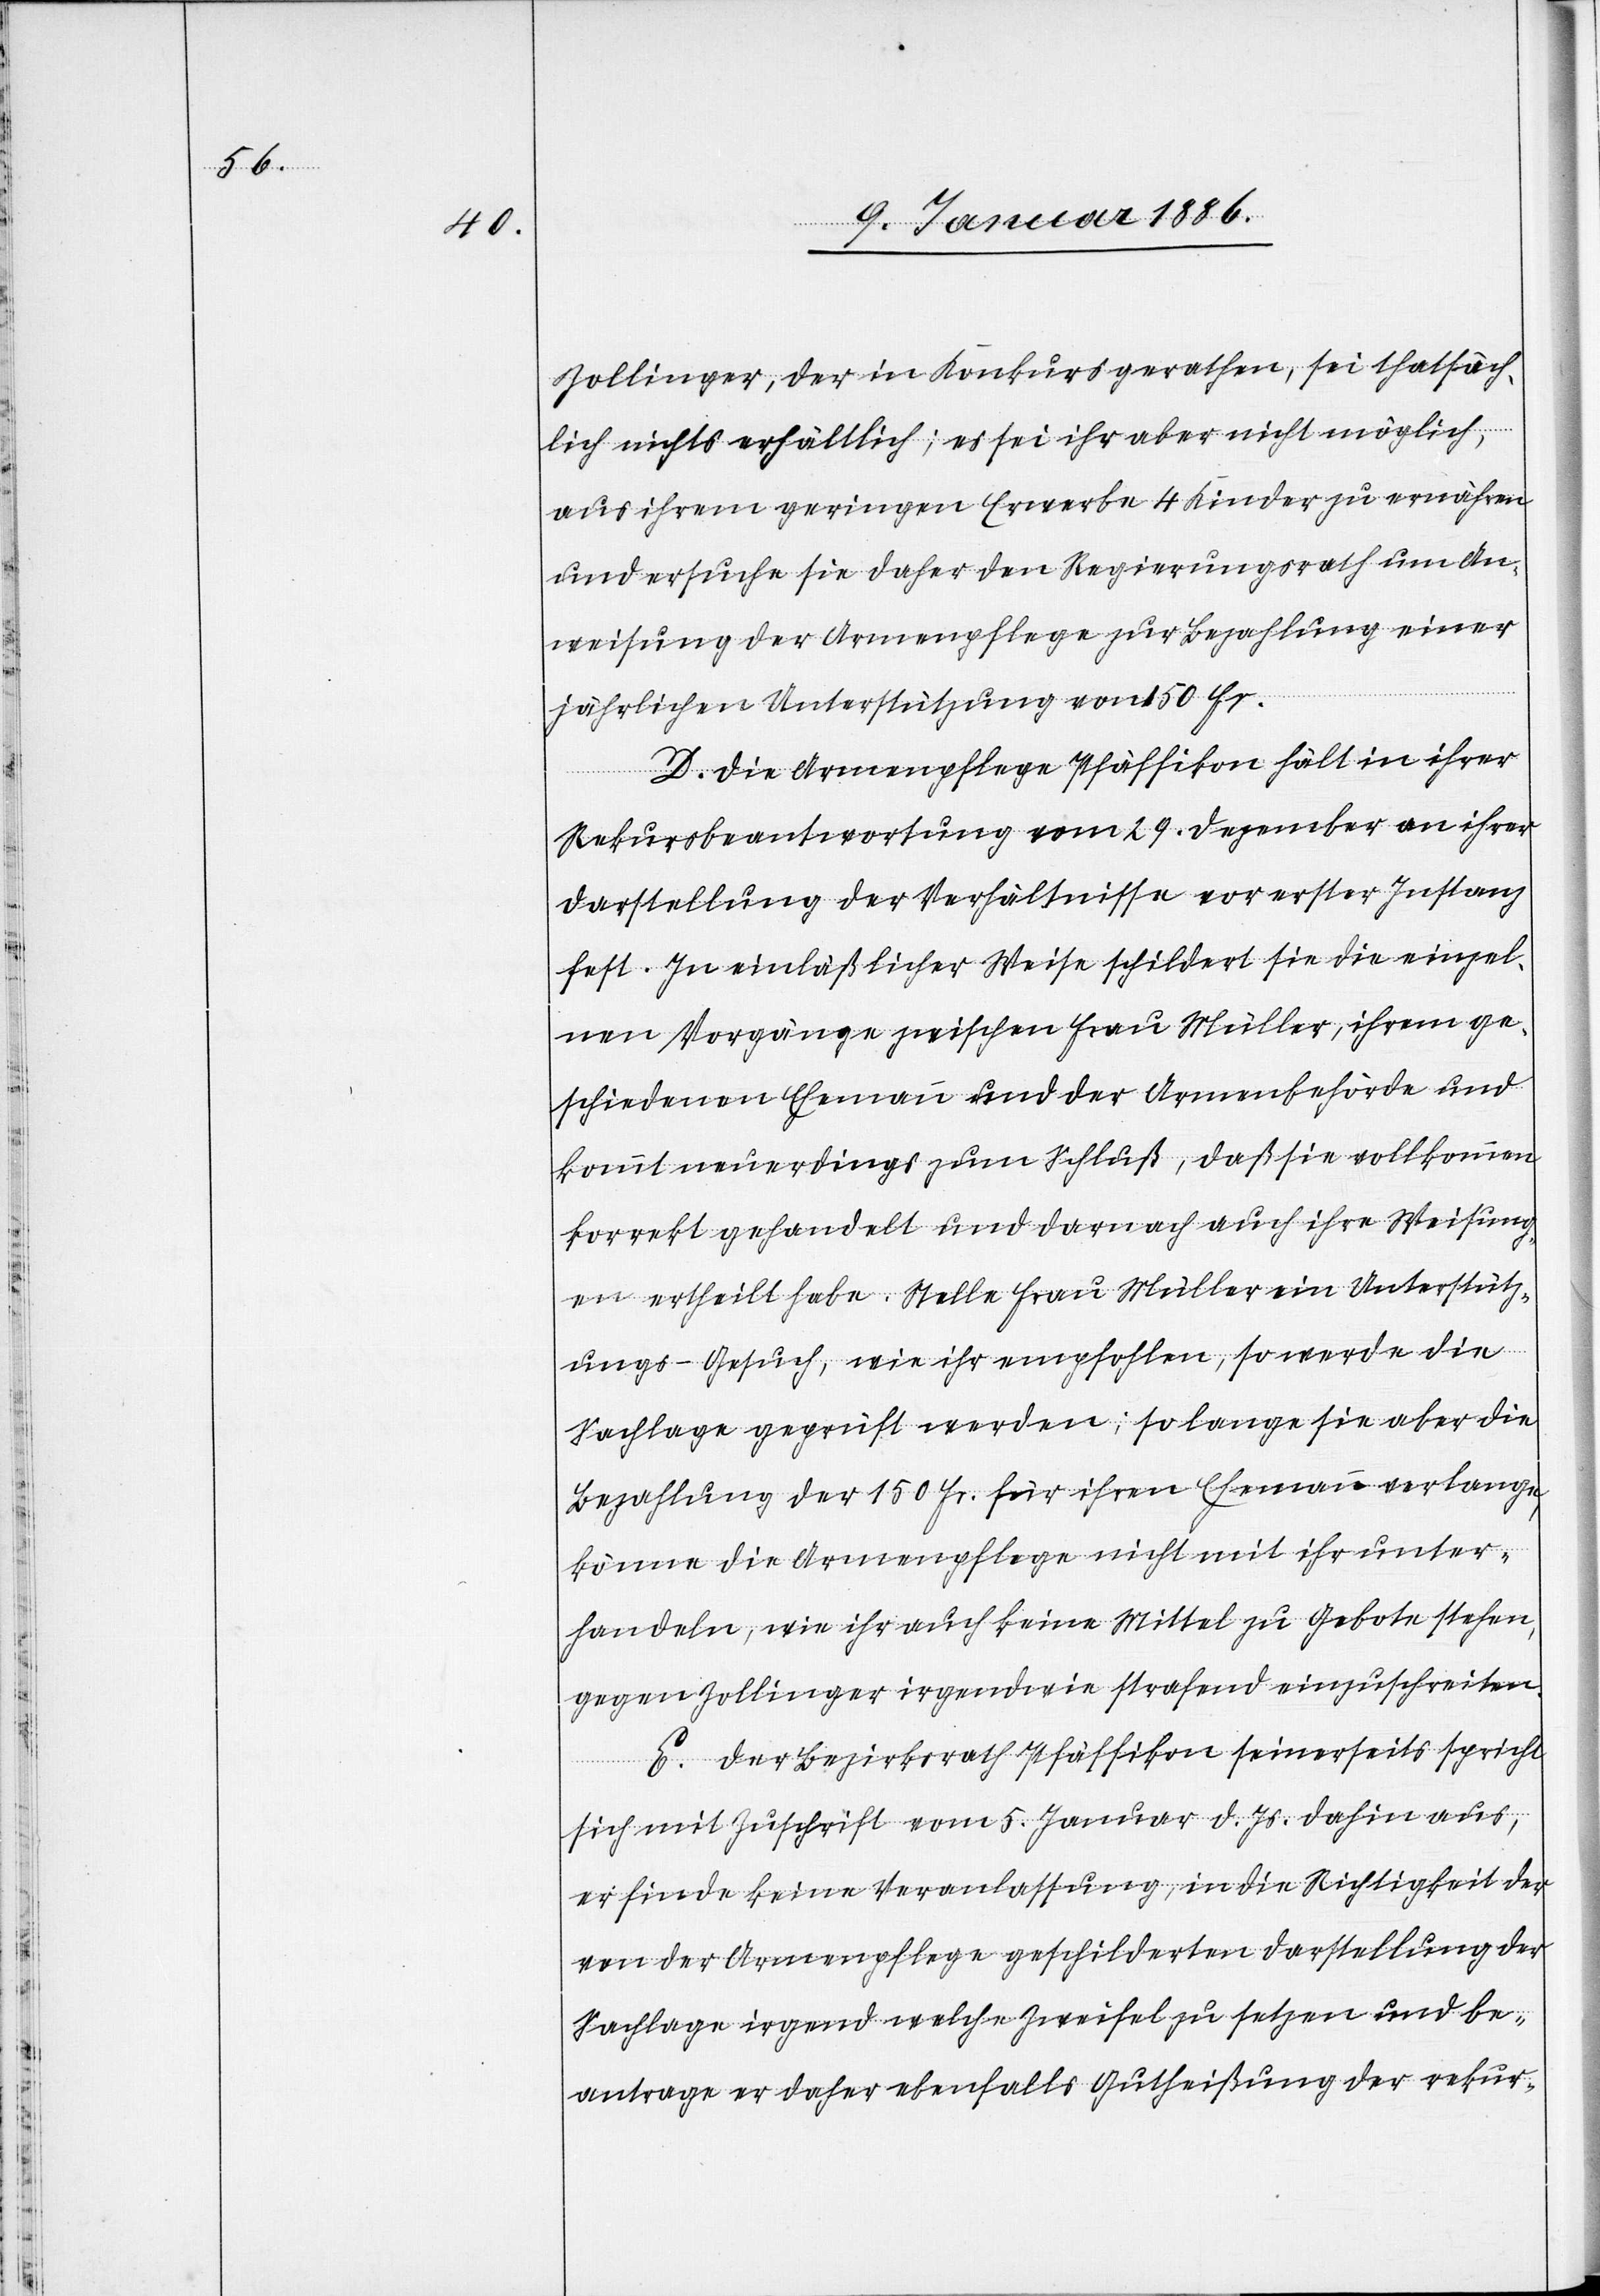
Zollinger, der in Konkurs gerathen, sei thatsäch¬
lich nichts erhältlich; es sei ihr aber nicht möglich,
aus ihrem geringen Erwerbe 4 Kinder zu ernähren
und ersuche sie daher den Regierungsrath um An¬
weisung der Armenpflege zur Bezahlung einer
jährlichen Unterstützung von 150 Fr.
D. Die Armenpflege Pfäffikon hält in ihrer
Rekursbeantwortung vom 29. Dezember an ihrer
Darstellung der Verhältnisse vor erster Instanz
fest. In einläßlicher Weise schildert sie die einzel¬
nen Vorgänge zwischen Frau Müller, ihrem ge¬
schiedenen Ehemann und der Armenbehörde und
kommt neuerdings zum Schluß, daß sie vollkommen
korrekt gehandelt und demnach auch ihre Weisun¬
gen ertheilt habe. Stelle Frau Müller ein Unterstütz¬
ungs-Gesuch, wie ihr empfohlen, so werde die
Sachlage geprüft werden; so lange sie aber die
Bezahlung der 150 Fr. für ihren Ehemann verlange,
könne die Armenpflege nicht mit ihr unter¬
handeln, wie ihr auch keine Mittel zu Gebote stehen,
gegen Zollinger irgendwie strafend einzuschreiten.
E. Der Bezirksrath Pfäffikon seinerseits spricht
sich mit Zuschrift vom 5 Januar d. Js. dahin aus,
er finde keine Veranlassung, in die Richtigkeit der
von der Armenpflege geschilderten Darstellung der
Sachlage irgend welche Zweifel setzen und be¬
antrage er daher ebenfalls Gutheißung der rekur-